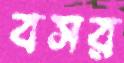
বসর